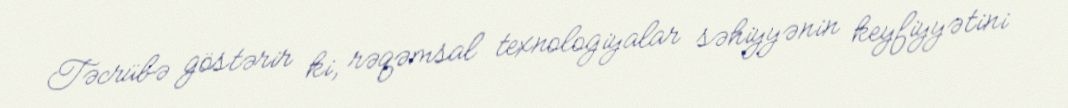
Təcrübə göstərir ki, rəqəmsal texnologiyalar səhiyyənin keyfiyyətini